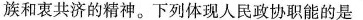
族和衷共济的精神。下列体现人民政协职能的是